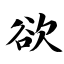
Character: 欲